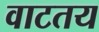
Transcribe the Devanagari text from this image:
वाटतय